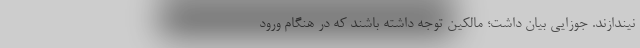
نیندازند. جوزایی بیان داشت؛ مالکین توجه داشته باشند که در هنگام ورود